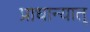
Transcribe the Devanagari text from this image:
प्राधान्यात्